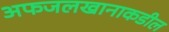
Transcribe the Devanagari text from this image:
अफजलखानाकडील